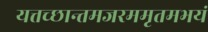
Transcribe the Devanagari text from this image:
यत्तच्छान्तमजरममृतमभयं